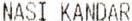
NASI KANDAR